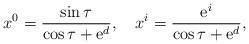
LaTeX: \begin{align*}x^0 = \frac {\sin \tau}{\cos \tau + {\rm e}^d},\ \ \ x^i = \frac {{\rm e}^i}{\cos \tau + {\rm e}^d}, \end{align*}